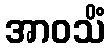
အာဝသိံ